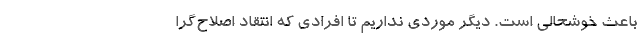
باعث خوشحالی است. دیگر موردی نداریم تا افرادی که انتقاد اصلاح‌گرا